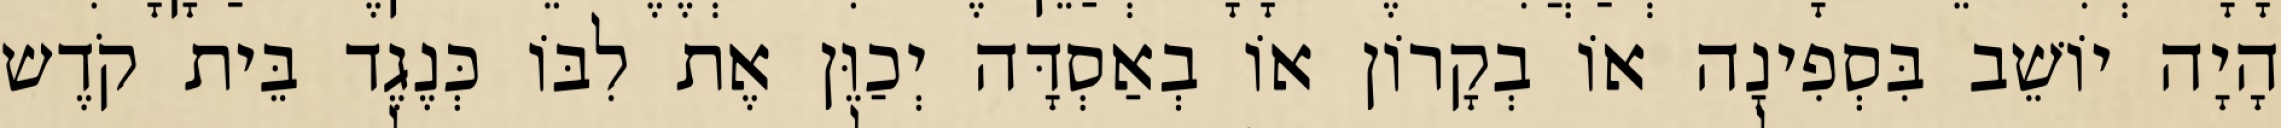
הָיָה יוֹשֵׁב בִּסְפִינָה אוֹ בְקָרוֹן אוֹ בְאַסְדָּה יְכַוֵּן אֶת לִבּוֹ כְּנֶגֶד בֵּית קֹדֶש